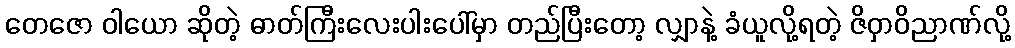
တေဇော ဝါယော ဆိုတဲ့ ဓာတ်ကြီးလေးပါးပေါ်မှာ တည်ပြီးတော့ လျှာနဲ့ ခံယူလို့ရတဲ့ ဇိဝှာဝိညာဏ်လို့